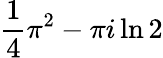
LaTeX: {\frac{1}{4}}\pi^{2}-\pi i\ln 2